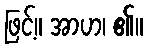
ဖြင့်။ အာဟ၊ ၏။